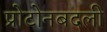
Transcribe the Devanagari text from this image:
प्रोटोनबदली